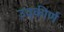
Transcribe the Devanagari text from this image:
उद्कीर्ण